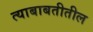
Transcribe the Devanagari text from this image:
त्‍याबाबतीतील